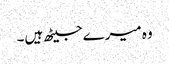
وہ میرے جیٹھ ہیں۔